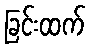
ခြင်းထက်